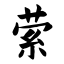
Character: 萦